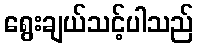
ရွေးချယ်သင့်ပါသည်